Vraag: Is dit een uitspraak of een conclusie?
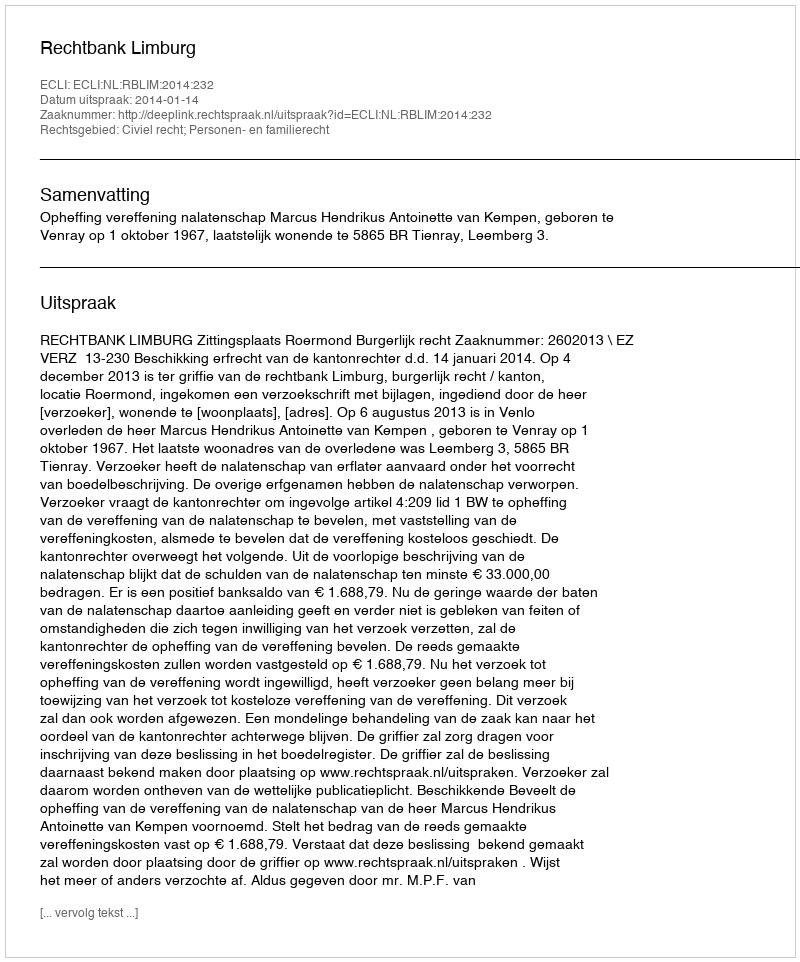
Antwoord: Uitspraak